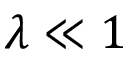
\lambda \ll 1